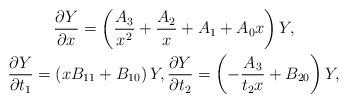
LaTeX: \begin{gather*}\frac{\partial Y}{\partial x}=\left( \frac{A_3}{x^2}+\frac{A_2}{x}+A_1+A_0 x \right)Y ,\\\frac{\partial Y}{\partial t_1}=\left( x B_{11}+B_{10}\right)Y ,\frac{\partial Y}{\partial t_2}=\left( -\frac{A_3}{t_2x}+B_{20}\right)Y ,\end{gather*}